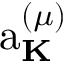
\mathrm { a } _ { \bf K } ^ { ( \mu ) }